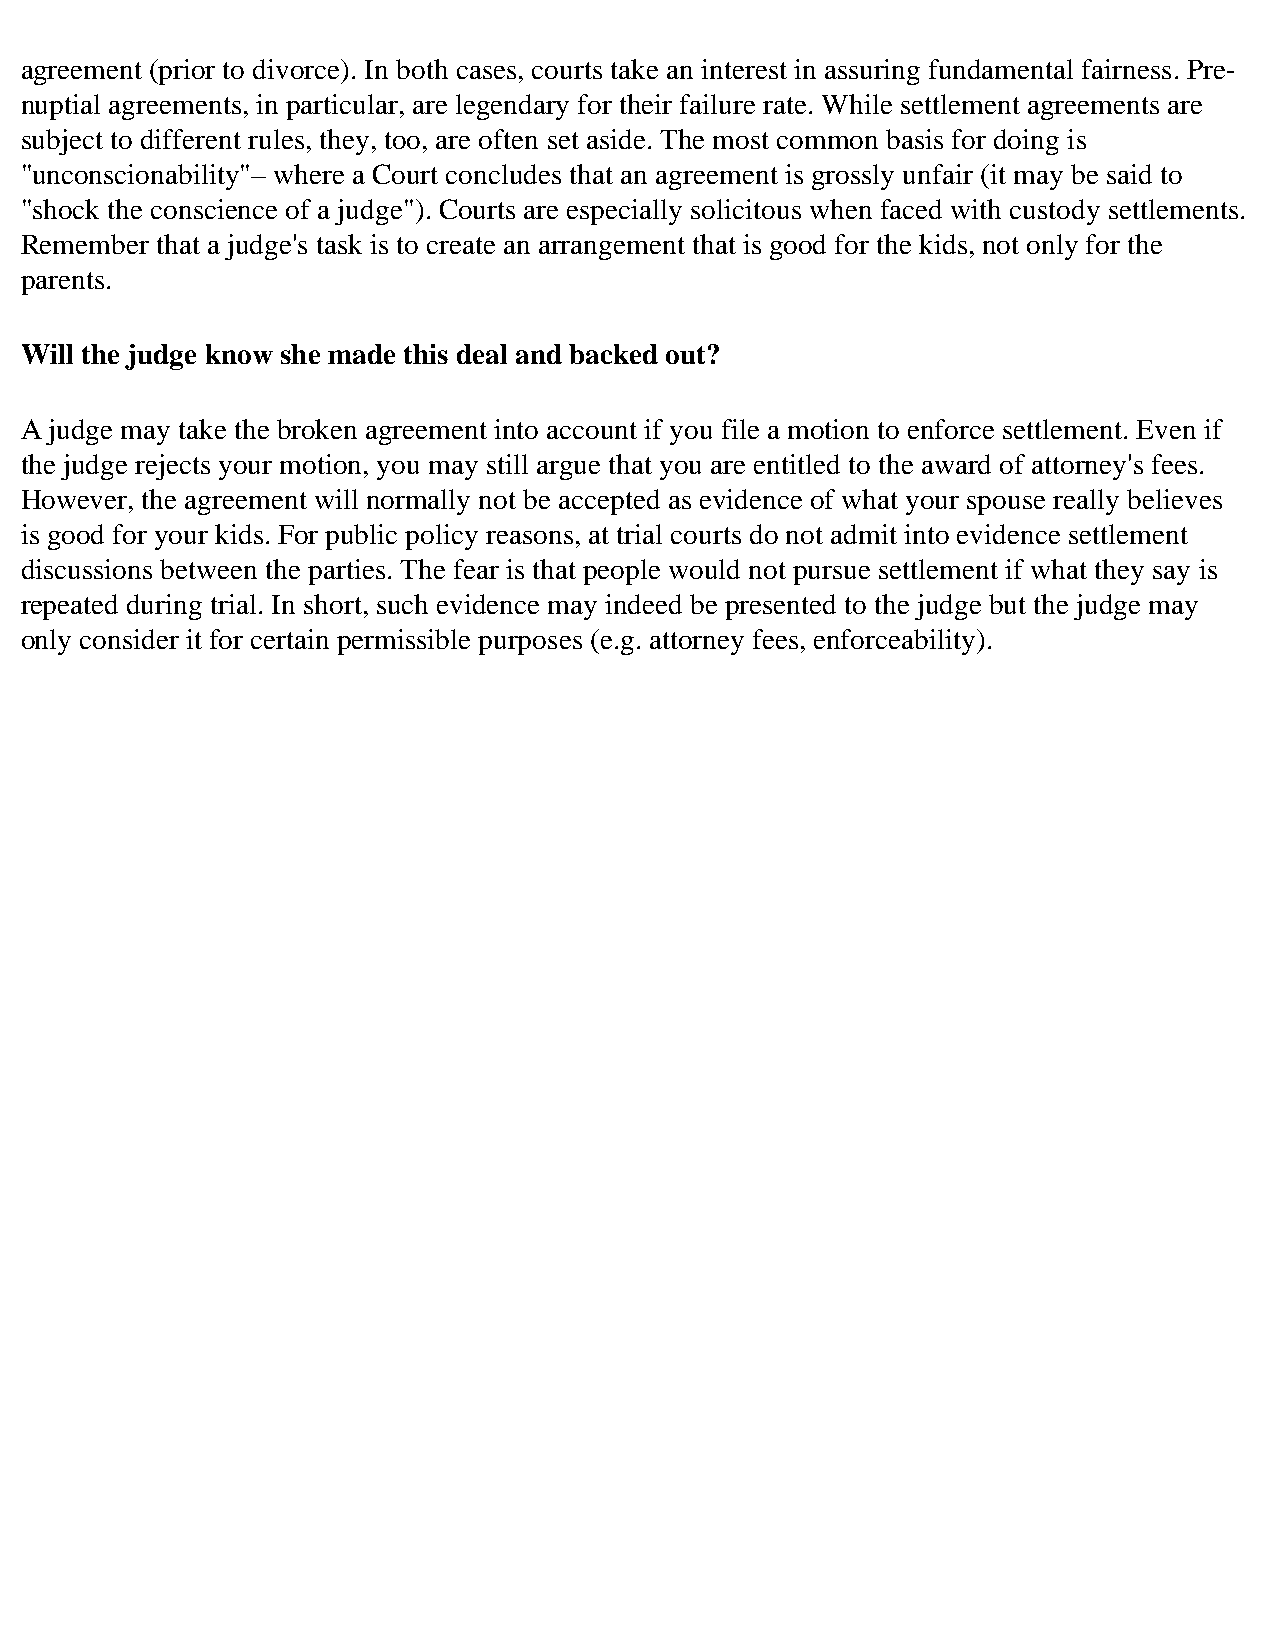
agreement (prior to divorce). In both cases, courts take an interest in assuring fundamental fairness. Pre-
 nuptial agreements, in particular, are legendary for their failure rate. While settlement agreements are
 subject to different rules, they, too, are often set aside. The most common basis for doing is
 "unconscionability"– where a Court concludes that an agreement is grossly unfair (it may be said to
 "shock the conscience of a judge"). Courts are especially solicitous when faced with custody settlements.
 Remember that a judge's task is to create an arrangement that is good for the kids, not only for the
 parents.
 Will the judge know she made this deal and backed out?
 A judge may take the broken agreement into account if you file a motion to enforce settlement. Even if
 the judge rejects your motion, you may still argue that you are entitled to the award of attorney's fees.
 However, the agreement will normally not be accepted as evidence of what your spouse really believes
 is good for your kids. For public policy reasons, at trial courts do not admit into evidence settlement
 discussions between the parties. The fear is that people would not pursue settlement if what they say is
 repeated during trial. In short, such evidence may indeed be presented to the judge but the judge may
 only consider it for certain permissible purposes (e.g. attorney fees, enforceability).